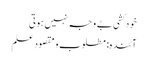
خودکشی بے وجہ نہیں ہوتی
آئندہ: مطلوب و مقصودِ علم